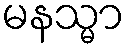
မနသ္မာ